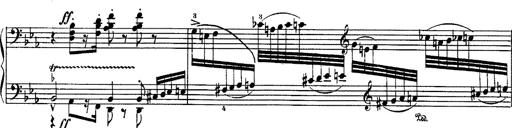
Title: Fantaisie sur des motifs favoris de l'opÃ©ra 'La sonnambula'
Composer: Franz Liszt